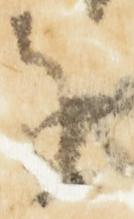
を